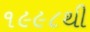
૧૯૯૮થી